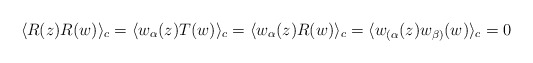
\begin{align*}\langle R(z) R(w)\rangle_c=\langle w_{\alpha}(z) T(w)\rangle_c=\langle w_{\alpha}(z) R(w)\rangle_c=\langle w_{(\alpha}(z) w_{\beta)}(w)\rangle_c=0\end{align*}